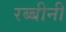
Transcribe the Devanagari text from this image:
रब्बीनी